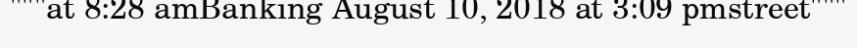
"""at 8:28 amBanking August 10, 2018 at 3:09 pmstreet"""